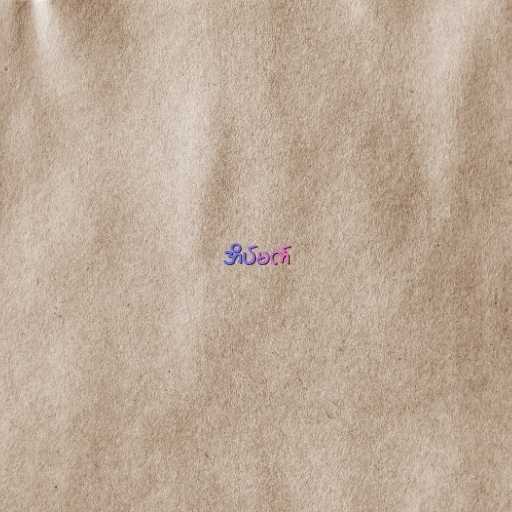
အိပ်မက်